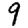
Digit: 9